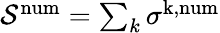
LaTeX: \begin{array}{r}{\mathcal{S}^{\mathrm{num}}=\sum_{k}\sigma^{\mathrm{k,num}}}\end{array}